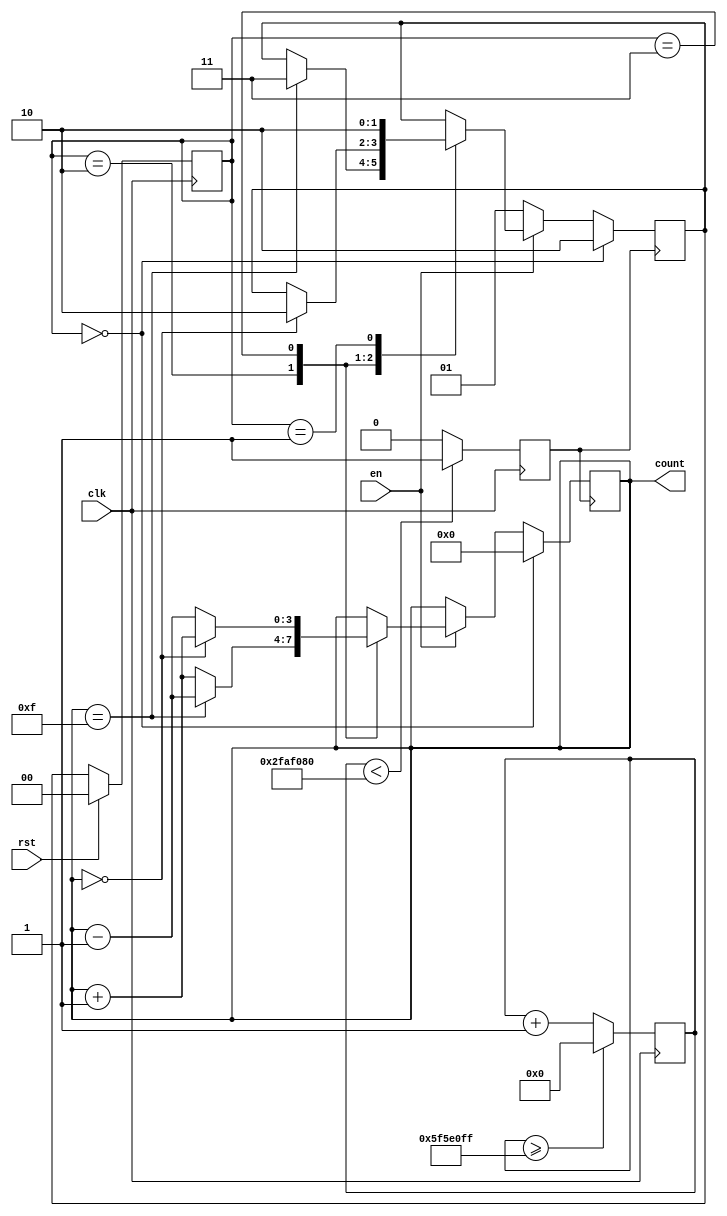
module counter_fsm(
    input rst,clk,en,
    output reg [3:0] count
    );
    
    parameter [2:0]
                RESET=0,
                IDLE=1,
                UP=2,
                DOWN=3;
                
    integer max = 15;
    reg [1:0] state, next_state;
    reg clk_div;
    reg [27:0] clk_counter;
    parameter div = 28'd100000000;
    
    always@(posedge clk) begin
        clk_counter <= clk_counter + 28'd1;
        if (clk_counter >= (div -1))
            clk_counter <= 28'd0;
        clk_div <= (clk_counter < div/2) ? 1'b1 : 1'b0;
    end
    always@(posedge clk) begin
        if(rst)
            state <= RESET;
        else
            state <= next_state;
    end
  
    always@(negedge clk_div) begin
        if(state == RESET) begin
            count <=0;
            next_state <= UP;
        end
        else
            if (en) begin
                    case(state)
                        UP:
                            if(count == max) begin
                               next_state <= DOWN;
                               count <= count - 1'b1;
                            end else
                                count <= count + 1'b1;
                        DOWN:
                            if (count == 0) begin
                                next_state <= UP;
                                count <= count + 1'b1;
                            end else
                                count <= count - 1'b1;
                        IDLE:
                            next_state <= UP;
                    endcase 
                 end else
                    next_state <= IDLE;
            end
            

endmodule